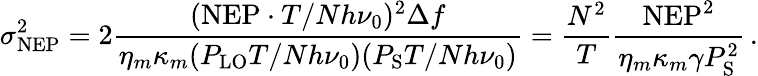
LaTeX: \sigma_{\mathrm{NEP}}^{2}=2\frac{(\mathrm{NEP}\cdot T/Nh\nu_{0})^{2}\Delta f}{\eta_{m}\kappa_{m}(P_{\mathrm{LO}}T/Nh\nu_{0})(P_{\mathrm{S}}T/Nh\nu_{0})}=\frac{N^{2}}{T}\frac{\mathrm{NEP}^{2}}{\eta_{m}\kappa_{m}\gamma P_{\mathrm{S}}^{2}}\, .